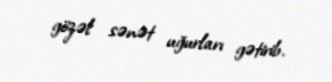
gözəl sənət uğurları gətirib.